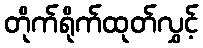
တိုက်ရိုက်ထုတ်လွှင့်